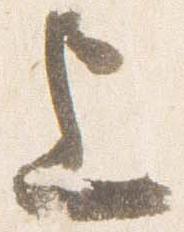
上